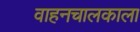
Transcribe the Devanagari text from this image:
वाहनचालकाला